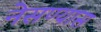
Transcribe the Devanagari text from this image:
नेसण्यास